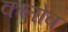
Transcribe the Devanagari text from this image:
कलोव